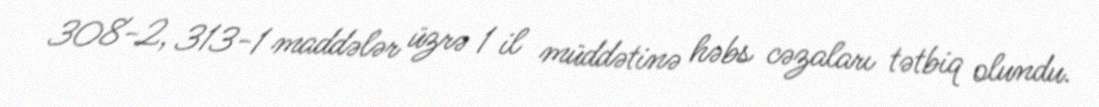
308-2, 313-1 maddələr üzrə 1 il müddətinə həbs cəzaları tətbiq olundu.